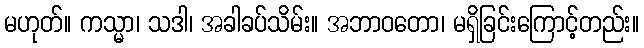
မဟုတ်။ ကသ္မာ၊ သဒါ၊ အခါခပ်သိမ်း။ အဘာဝတော၊ မရှိခြင်းကြောင့်တည်း။